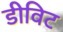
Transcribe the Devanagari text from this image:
डीविट